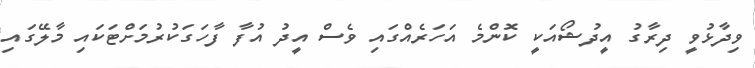
ވިދާޅުވީ ދިރާގު އީދުޝޯއަކީ ކޮންމެ އަހަރެއްގައި ވެސް އީދު އުފާ ފާހަގަކުރުމަށްޓަކައި މާލޭގައި